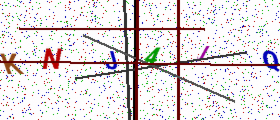
Text: KNJ4JQ